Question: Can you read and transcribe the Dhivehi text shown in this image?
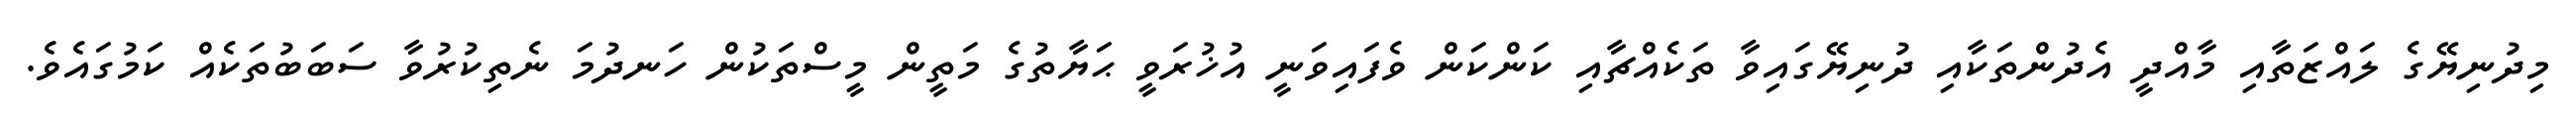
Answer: މިދުނިޔޭގެ ލައްޒަތާއި މާއްދީ އެދުންތަކާއި ދުނިޔޭގައިވާ ތަކެއްޗާއި ކަންކަން ވެފައިވަނީ އުޚުރަވީ ޙަޔާތުގެ މަތީން މީސްތަކުން ހަނދުމަ ނެތިކުރުވާ ސަބަބުތަކެއް ކަމުގައެވެ.